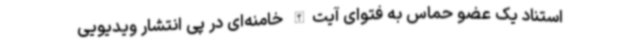
استناد یک عضو حماس به فتوای آیت‌الله خامنه‌ای در پی انتشار ویدیویی